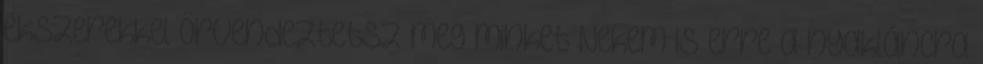
ékszerekkel örvendeztetsz meg minket Nekem is erre a nyakláncra